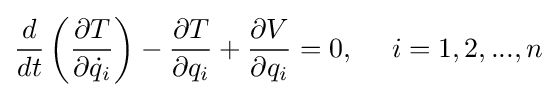
{\frac {d}{dt}}\left({\frac {\partial T}{\partial {\dot {q}}_{i}}}\right)-{\frac {\partial T}{\partial q_{i}}}+{\frac {\partial V}{\partial q_{i}}}=0,~~~~i=1,2,...,n